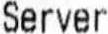
SERVER